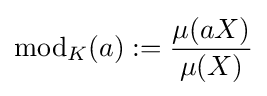
\operatorname {mod} _{K}(a):={\frac {\mu (aX)}{\mu (X)}}